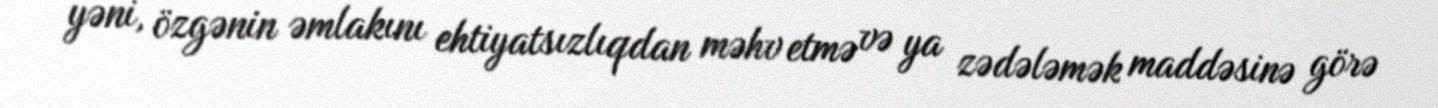
yəni, özgənin əmlakını ehtiyatsızlıqdan məhv etmə və ya zədələmək maddəsinə görə